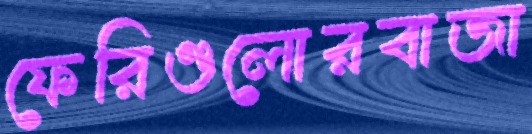
ফেরিগুলোরবাজা